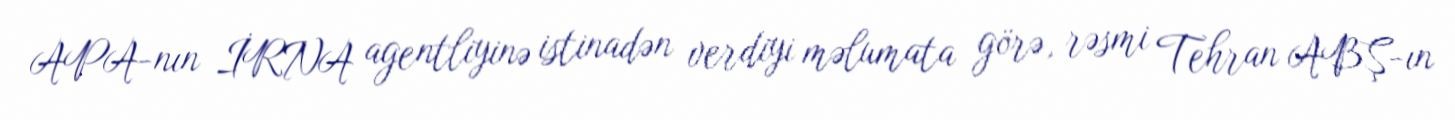
APA-nın İRNA agentliyinə istinadən verdiyi məlumata görə, rəsmi Tehran ABŞ-ın